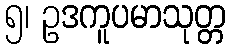
၅၊ ဥဒကူပမာသုတ္တ